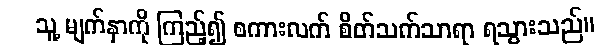
သူ့ မျက်နှာကို ကြည့်၍ စကားလက် စိတ်သက်သာရာ ရသွားသည်။